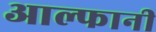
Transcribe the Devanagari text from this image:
आल्फानी